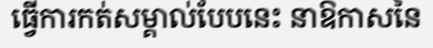
ធ្វើការកត់សម្គាល់បែបនេះ នាឱកាសនៃ